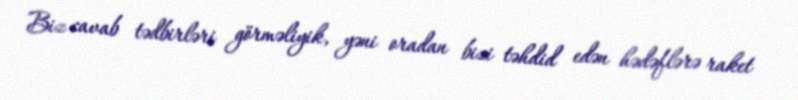
Biz cavab tədbirləri görməliyik, yəni oradan bizi təhdid edən hədəflərə raket